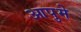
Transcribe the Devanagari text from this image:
आपुमे